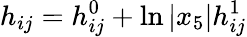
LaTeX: h_{ij}=h_{ij}^{0}+\ln\vert x_{5}\vert h_{ij}^{1}